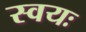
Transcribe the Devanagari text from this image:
स्वयः